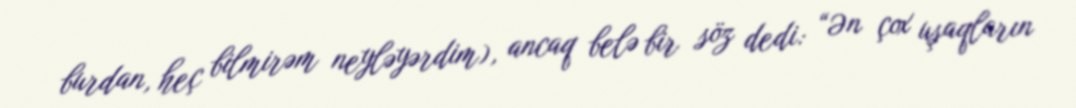
burdan, heç bilmirəm neyləyərdim), ancaq belə bir söz dedi: “Ən çox uşaqların